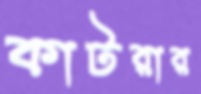
কাটরার